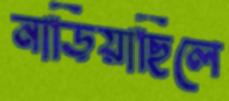
নাড়িয়াছিলে